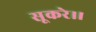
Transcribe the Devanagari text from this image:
सूकरे।।